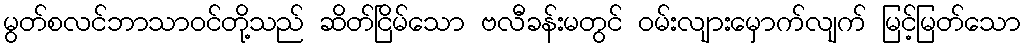
မွတ်စလင်ဘာသာဝင်တို့သည် ဆိတ်ငြိမ်သော ဗလီခန်းမတွင် ဝမ်းလျားမှောက်လျက် မြင့်မြတ်သော